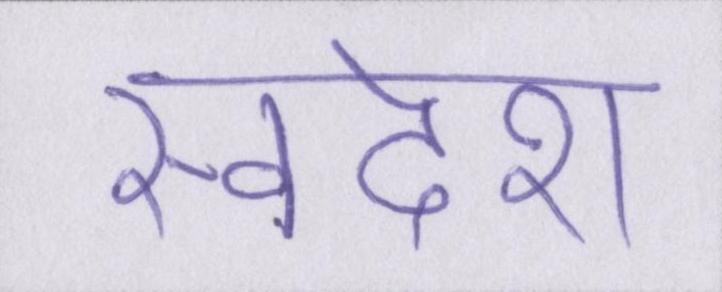
स्वदेश